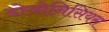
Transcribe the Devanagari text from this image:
डोयोनिसियस